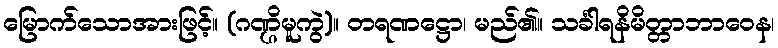
မြောက်သောအားဖြင့်။ (ဂဏ္ဌိမူကွဲ)။ တရဏဋ္ဌော၊ မည်၏။ သင်္ခါရနိမိတ္တာဘာဝေန၊